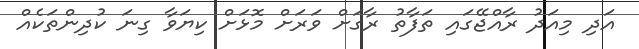
އަދި މިއަދު ރާއްޖޭގައި ތަފާތު ރާގަށް ވަރަށް މޮޅަށް ކިޔަވާ ގިނަ ކުދިންތަކެއް